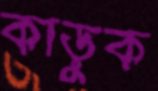
কাড়ুক